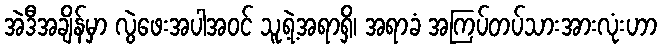
အဲဒီအချိန်မှာ လွဲဖေးအပါအဝင် သူ့ရဲ့အရာရှိ၊ အရာခံ အကြပ်တပ်သားအားလုံးဟာ